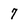
Character: 7